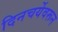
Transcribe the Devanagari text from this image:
दिनचर्येवरून